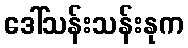
ဒေါ်သန်းသန်းနုက